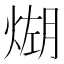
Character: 𪹆